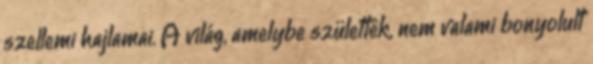
szellemi hajlamai. A világ, amelybe születtek, nem valami bonyolult